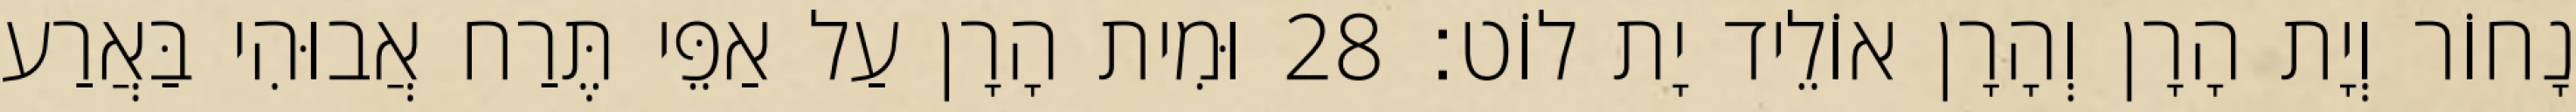
נָחוֹר וְיָת הָרָן וְהָרָן אוֹלֵיד יָת לוֹט׃ 28 וּמִית הָרָן עַל אַפֵּי תֶּרַח אֲבוּהִי בַּאֲרַע